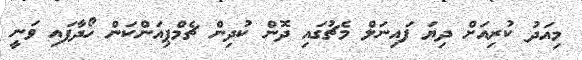
މިއަދު ކުރިއަށް ދިޔަ ފައިނަލް މެޗުގައި ދޮން ކުދިން ޗެމްޕިއަންކަން ހޯދާފައި ވަނީ